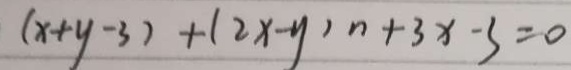
( x + y - 3 ) + ( 2 x - y ) n + 3 x - 3 = 0